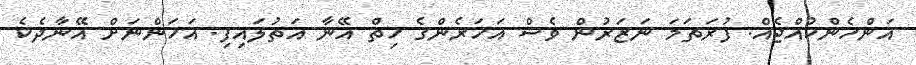
އަންހެންކުއްޖެއް. ފުރަތަމަ ނަޒަރުން ވެސް އަހަރެންގެ ހިތް އޭނާ އަތުލައިފި. އަހަންނަށް އޭނާދެކެ